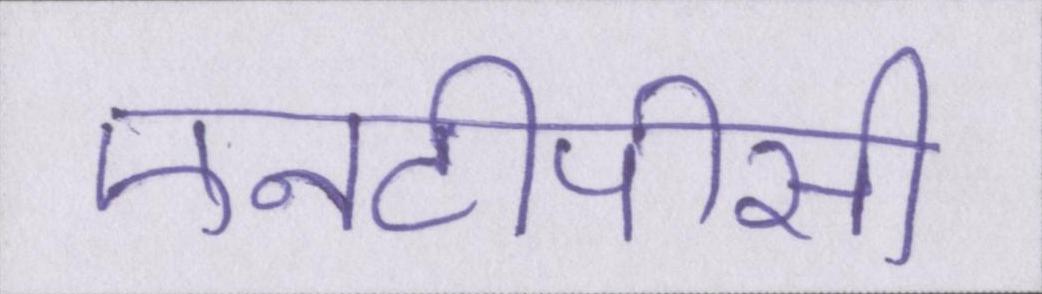
एनटीपीसी